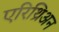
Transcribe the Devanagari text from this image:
एरिथ्रिअन